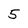
Character: 5